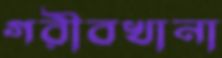
গরীবখানা